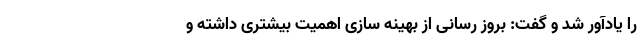
را یادآور شد و گفت: بروز رسانی از بهینه سازی اهمیت بیشتری داشته و